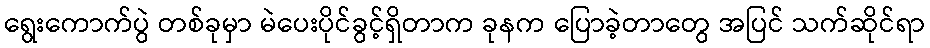
ရွေးကောက်ပွဲ တစ်ခုမှာ မဲပေးပိုင်ခွင့်ရှိတာက ခုနက ပြောခဲ့တာတွေ အပြင် သက်ဆိုင်ရာ